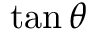
\tan \theta